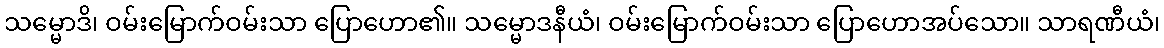
သမ္မောဒိ၊ ဝမ်းမြောက်ဝမ်းသာ ပြောဟော၏။ သမ္မောဒနီယံ၊ ဝမ်းမြောက်ဝမ်းသာ ပြောဟောအပ်သော။ သာရဏီယံ၊